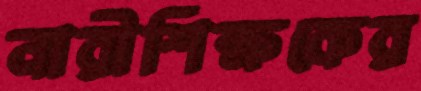
নারীশিক্ষকের